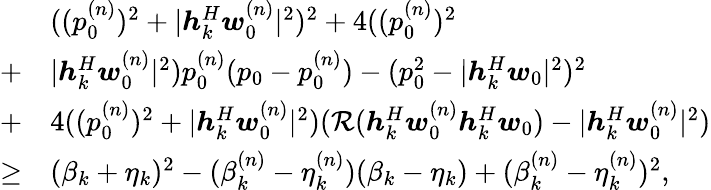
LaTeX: \begin{array}{rl}&{((p_{0}^{(n)})^{2}+|\boldsymbol h_{k}^{H}\boldsymbol w_{0}^{(n)}|^{2})^{2}+4((p_{0}^{(n)})^{2}}\\ {+}&{|\boldsymbol h_{k}^{H}\boldsymbol w_{0}^{(n)}|^{2})p_{0}^{(n)}(p_{0}-p_{0}^{(n)})-(p_{0}^{2}-|\boldsymbol h_{k}^{H}\boldsymbol w_{0}|^{2})^{2}}\\ {+}&{4((p_{0}^{(n)})^{2}+|\boldsymbol h_{k}^{H}\boldsymbol w_{0}^{(n)}|^{2})(\mathcal R(\boldsymbol h_{k}^{H}\boldsymbol w_{0}^{(n)}\boldsymbol h_{k}^{H}\boldsymbol w_{0})-|\boldsymbol h_{k}^{H}\boldsymbol w_{0}^{(n)}|^{2})}\\ {\geq}&{(\beta_{k}+\eta_{k})^{2}-(\beta_{k}^{(n)}-\eta_{k}^{(n)})(\beta_{k}-\eta_{k})+(\beta_{k}^{(n)}-\eta_{k}^{(n)})^{2},}\end{array}